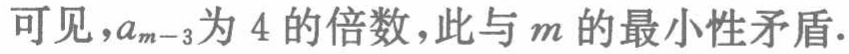
可见，$a_{m - 3}$为 4 的倍数，此与$m$的最小性矛盾.